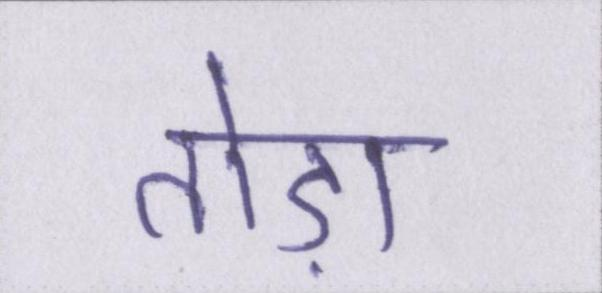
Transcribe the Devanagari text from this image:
तोड़ा